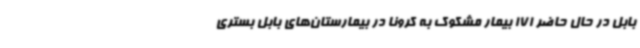
بابل در حال حاضر 171 بیمار مشکوک به کرونا در بیمارستان‌های بابل بستری